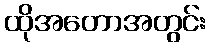
ထိုအတောအတွင်း